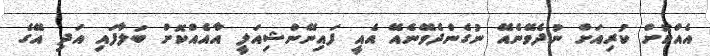
އެއްކޮށް ކުރިއަށް ނުދެވޭނެއޭ ނުގެންދެވޭނެއޭ އެއީ ފައިނޭންޝިއަލީ އާއެއްކޮށް ބަލާފައި އަދި އޭގެ